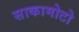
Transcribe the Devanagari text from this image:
साकामोटो